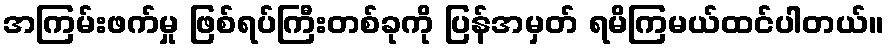
အကြမ်းဖက်မှု ဖြစ်ရပ်ကြီးတစ်ခုကို ပြန်အမှတ် ရမိကြမယ်ထင်ပါတယ်။